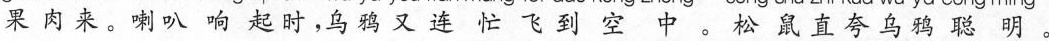
果肉来。喇叭响起时，乌鸦又连忙飞到空 。松鼠直夸乌鸦聪明。